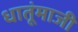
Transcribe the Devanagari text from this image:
धातूंमाजी